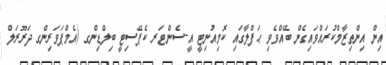
އިން އިންތިޒާމްކުރައްވައިގެން ބޭއްވެވި ޙަފްލާގައި ކޮމިއުނިޓީ އީ-ސެންޓަރ ކެޕޭސިޓީ ބިލްޑިންގ (އެމްޕަވަރިންގ ދަރޫރަލް